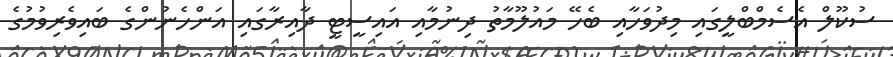
ސުކޫލް އެސެމްބްލީގައި މިދުވަހާއި ބެހޭ މައުލޫމާތު ދިނުމާއި އައިސީޓީ ދާއިރާގައި އަންހެނުންގެ ބައިވެރިވުމުގެ